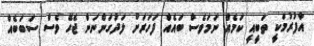
އާފުރުމަކީ ތަބީއީ ކަމެއް ނަމަވެސް ބައެއް ފަހަރަށް ލަދުގަންނަން ޖެހޭ ވެސް ސަަބަބެއް